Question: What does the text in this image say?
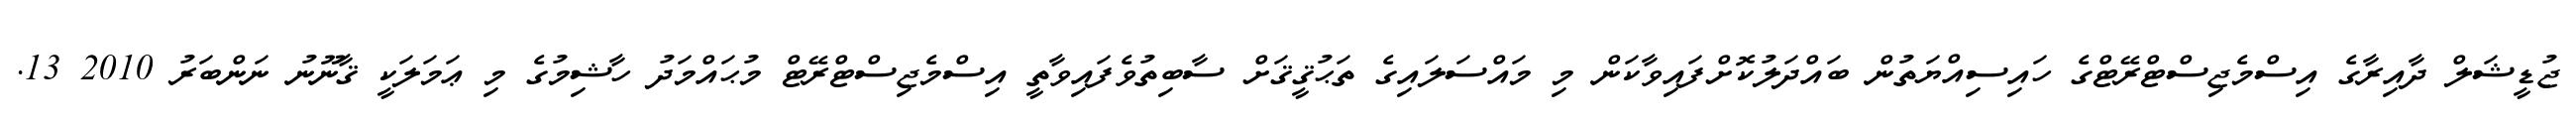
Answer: ޖުޑީޝަލް ދާއިރާގެ އިސްމެޖިސްޓްރޭޓްގެ ހައިސިއްޔަތުން ބައްދަލުކޮށްފައިވާކަން މި މައްސަލައިގެ ތަޙުޤީޤަށް ސާބިތުވެފައިވާތީ އިސްމެޖިސްޓްރޭޓް މުޙައްމަދު ހާޝިމުގެ މި ޢަމަލަކީ ޤާނޫނު ނަންބަރު 2010 13.